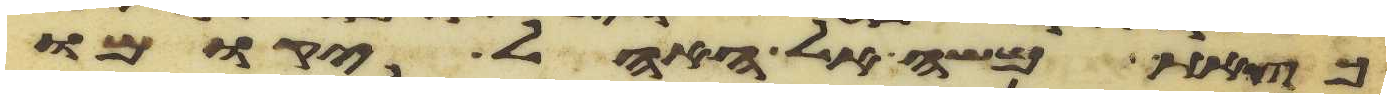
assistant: כצאת משה אל האהל יקומו